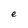
Character: e